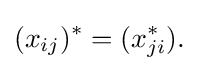
\displaystyle {(x_{ij})^{*}=(x_{ji}^{*}).}